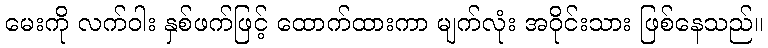
မေးကို လက်ဝါး နှစ်ဖက်ဖြင့် ထောက်ထားကာ မျက်လုံး အဝိုင်းသား ဖြစ်နေသည်။